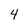
Character: 4